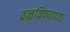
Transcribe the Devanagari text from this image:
वळविण्याच्या